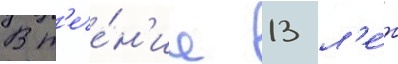
В т'ече́н'ие 13 л'е́т